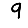
Digit: 9